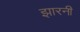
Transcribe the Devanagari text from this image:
झारनी